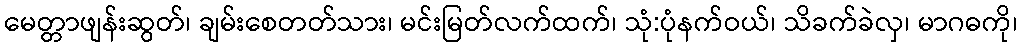
မေတ္တာဖျန်းဆွတ်၊ ချမ်းစေတတ်သား၊ မင်းမြတ်လက်ထက်၊ သုံ:ပုံနက်ဝယ်၊ သိခက်ခဲလှ၊ မာဂဓကို၊